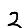
Digit: 2